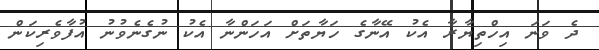
ދެ ވަނަ އިހްތިޔާރާ އެކު އޭނާގެ ހަޔާތަށް އަހަންނާ އެކު ނުގެނެވުނު އުފާވެރިކަން